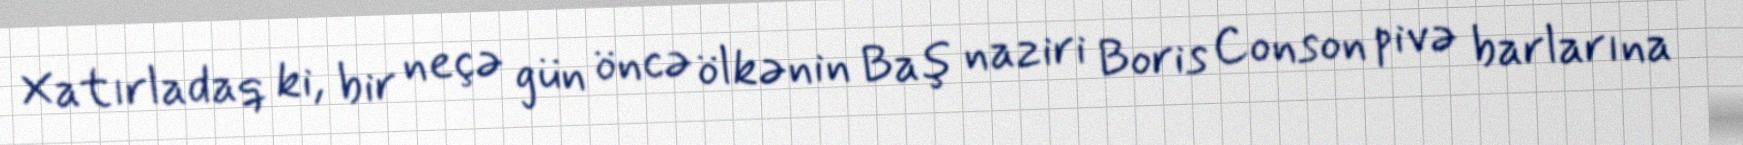
Xatırladaq ki, bir neçə gün öncə ölkənin Baş naziri Boris Conson pivə barlarına